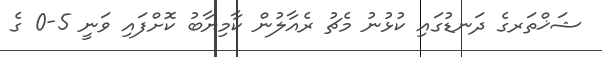
ޝަޚްތަރގެ ދަނޑުގައި ކުޅުނު މެޗު ރެއާލުން ކާމިޔާބު ކޮށްފައި ވަނީ 5-0 ގެ